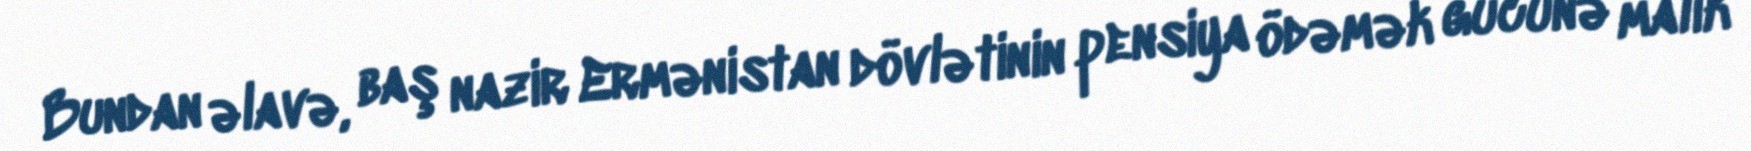
Bundan əlavə, baş nazir Ermənistan dövlətinin pensiya ödəmək gücünə malik